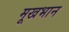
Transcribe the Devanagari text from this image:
मूखभान